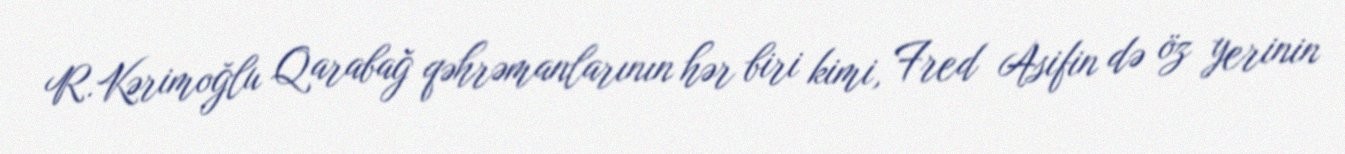
R.Kərimoğlu Qarabağ qəhrəmanlarının hər biri kimi, Fred Asifin də öz yerinin